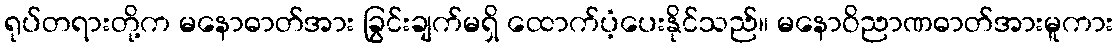
ရုပ်တရားတို့က မနောဓာတ်အား ခြွင်းချက်မရှိ ထောက်ပံ့ပေးနိုင်သည်။ မနောဝိညာဏဓာတ်အားမူကား